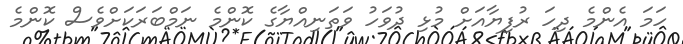
ހަމަ އެންމެ ދިހަ ރުފިޔާއަށް މުޅި ދުވަހު ވަތަނިއްޔާގެ ކޮންމެ ނަމްބަރަކަށްވެސް ކޮންމެ